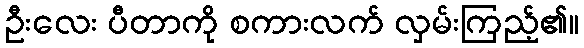
ဦးလေး ပီတာကို စကားလက် လှမ်းကြည့်၏။